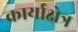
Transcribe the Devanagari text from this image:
कार्याक्षेत्र